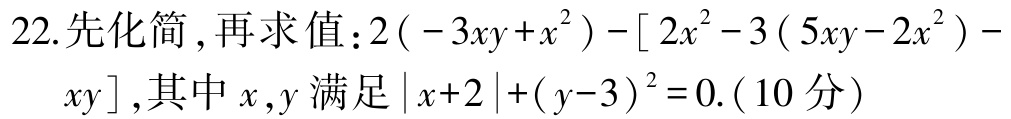
22.先化简，再求值：$2(-3xy + x^{2}) - [2x^{2} - 3(5xy - 2x^{2}) - xy]$，其中$x,y$满足$\vert x + 2\vert + (y - 3)^{2} = 0$.（10分）